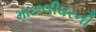
માછલીઘરની